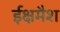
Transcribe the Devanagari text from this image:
ईक्षमैश